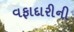
વફાદારીની